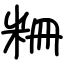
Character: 粣